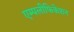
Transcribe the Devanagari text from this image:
एम्पलीफिकेशन